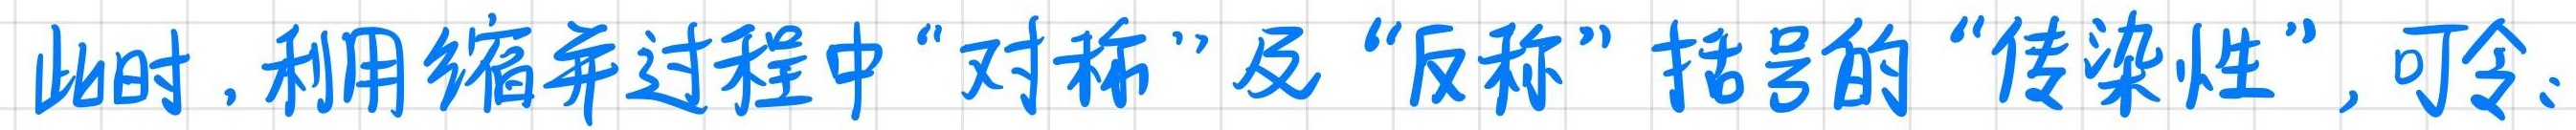
此时,利用缩并过程中"对称"及"反称"括号的"传染性",可令: